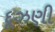
દૂઝણી